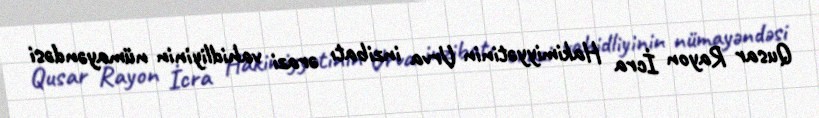
Qusar Rayon İcra Hakimiyyətinin Urva inzibatı ərazi vahidliyinin nümayəndəsi